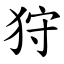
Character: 狩